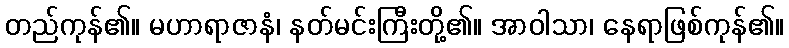
တည်ကုန်၏။ မဟာရာဇာနံ၊ နတ်မင်းကြီးတို့၏။ အာဝါသာ၊ နေရာဖြစ်ကုန်၏။